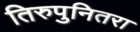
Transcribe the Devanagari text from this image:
तिरुपुनितरा